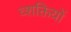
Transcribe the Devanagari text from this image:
व्शक्तियों